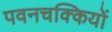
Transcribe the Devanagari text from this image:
पवनचक्कियों